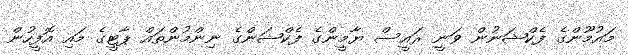
މަައުމޫންގެ ފެކްޝަނުން ވަނީ ރައީސް ޔާމީންގެ ފެކްޝަންގެ ނިންމުންތައް ޕާޓީގެ މައި އޮފީހުން